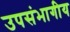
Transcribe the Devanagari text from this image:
उपसंभागीय